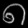
Digit: ၈